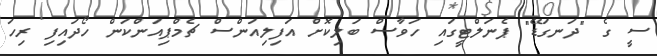
ސީ ގެ "ދަނގަޑޭ" ޕެނަލްޓީގައި ހަވާސް ބަލިކޮށް އަފިލިއަންސް ޗެމްޕިއަންކަން ހޯދައިފި ރިހަ